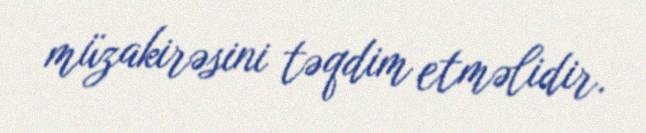
müzakirəsini təqdim etməlidir.